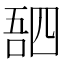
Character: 𫪸